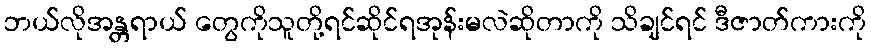
ဘယ်လိုအန္တရာယ် တွေကိုသူတို့ရင်ဆိုင်ရအုန်းမလဲဆိုတာကို သိချင်ရင် ဒီဇာတ်ကားကို